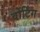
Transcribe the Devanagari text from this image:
वोंटिंग